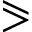
\eqslantgtr